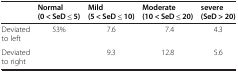
<table><thead><tr><td><b> </b></td><td><b>Normal(0 &lt; SeD ≤ 5)</b></td><td><b>Mild(5 &lt; SeD ≤ 10)</b></td><td><b>Moderate(10 &lt; SeD ≤ 20)</b></td><td><b>severe(SeD &gt; 20)</b></td></tr></thead><tbody><tr><td>Deviated to left</td><td>53%</td><td>7.6</td><td>7.4</td><td>4.3</td></tr><tr><td>Deviated to right</td><td> </td><td>9.3</td><td>12.8</td><td>5.6</td></tr></tbody></table>